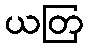
ယတြ